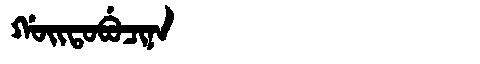
Manchu: ᡤᠣᡳᡨᠣᠪᡠᠴᡳᠨᠠ
Romanization: GOITOBUCINA